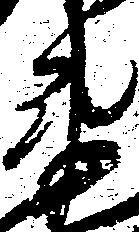
衛